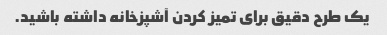
یک طرح دقیق برای تمیز کردن آشپزخانه داشته باشید.